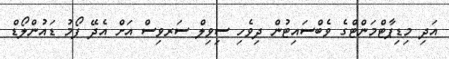
އަދި މިޑިޕާޓްމަންޓްގެ ވެބްސައިޓުން ދިވެހި ސިވިލް ސަރވިސް އަށް އެދޭ ފޯމު ޑައުންލޯޑް